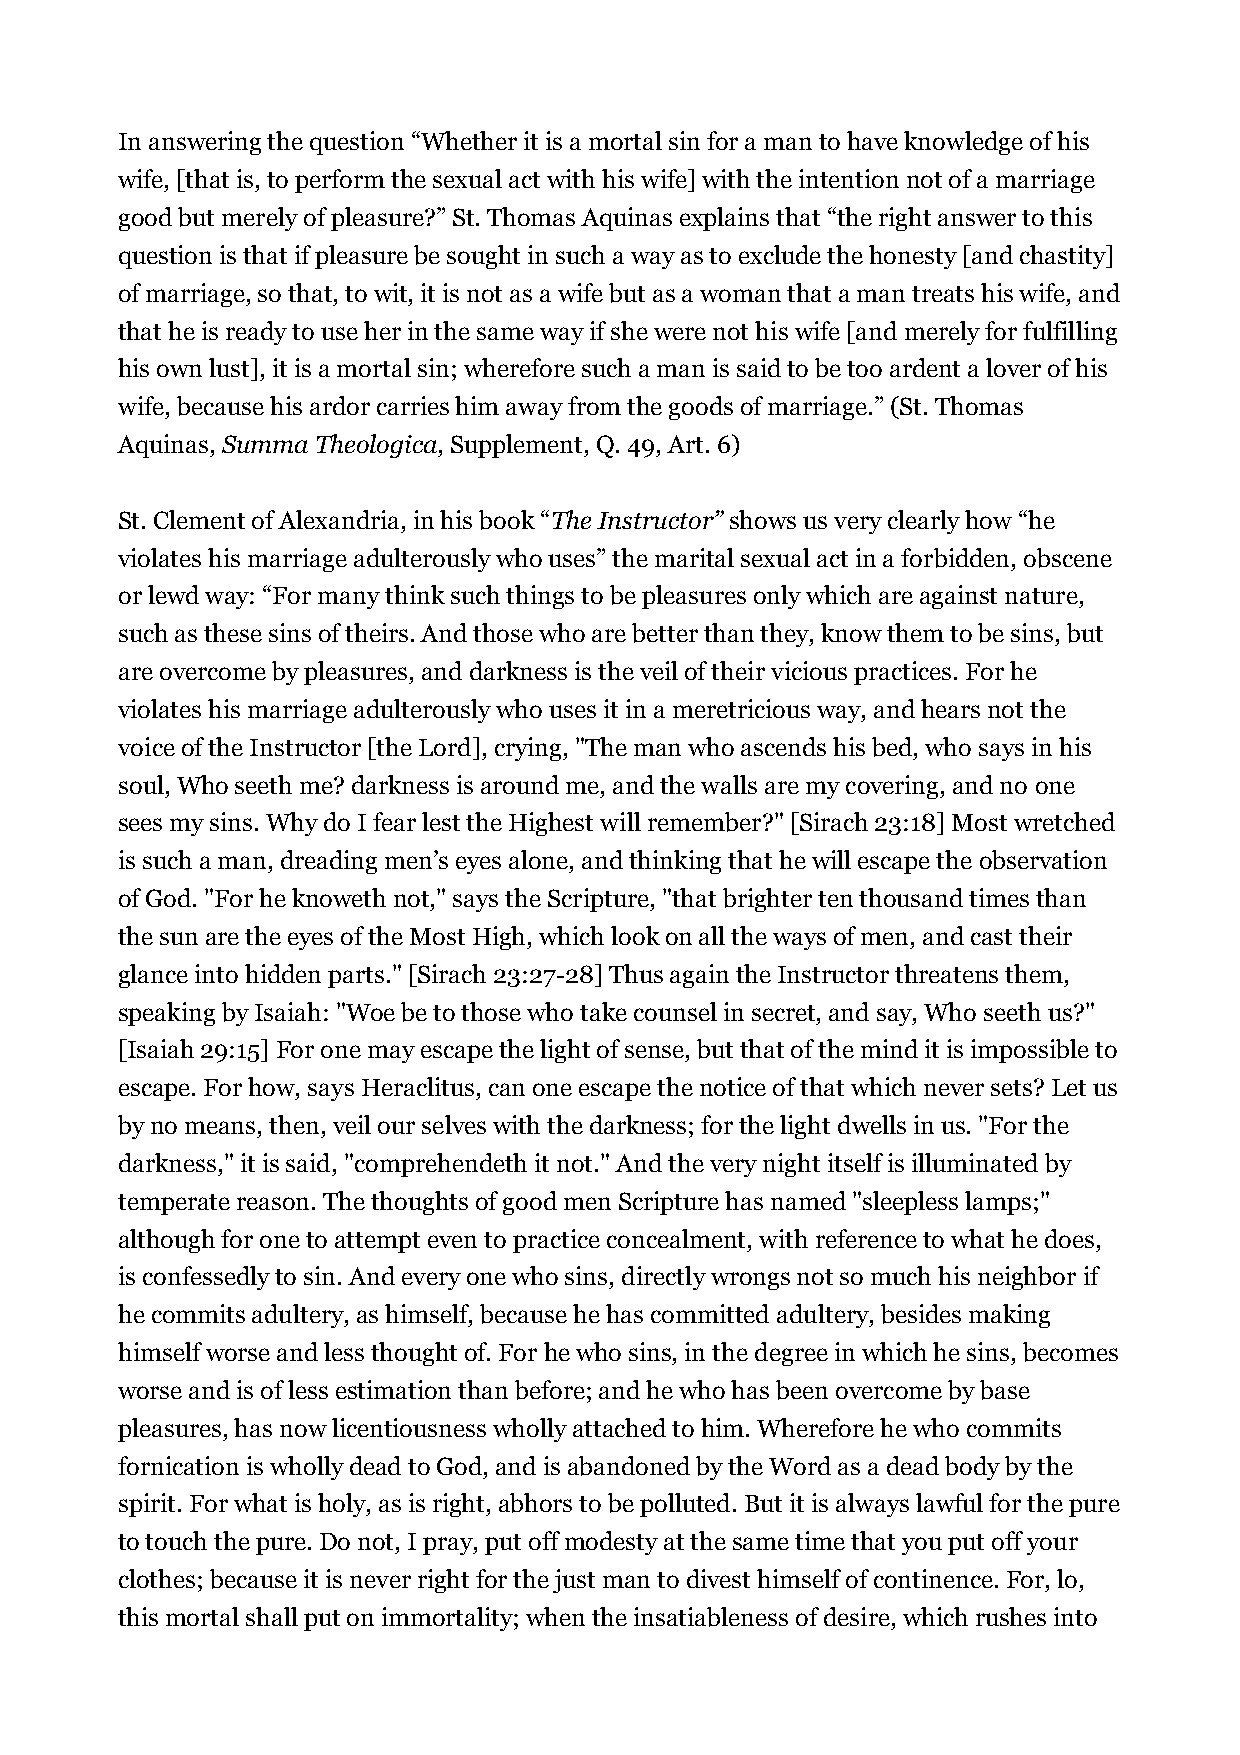
In answering the question “Whether it is a mortal sin for a man to have knowledge of his
 wife, [that is, to perform the sexual act with his wife] with the intention not of a marriage
 good but merely of pleasure?” St. Thomas Aquinas explains that “the right answer to this
 question is that if pleasure be sought in such a way as to exclude the honesty [and chastity]
 of marriage, so that, to wit, it is not as a wife but as a woman that a man treats his wife, and
 that he is ready to use her in the same way if she were not his wife [and merely for fulfilling
 his own lust], it is a mortal sin; wherefore such a man is said to be too ardent a lover of his
 wife, because his ardor carries him away from the goods of marriage.” (St. Thomas
 Aquinas, Summa Theologica, Supplement, Q. 49, Art. 6)
 St. Clement of Alexandria, in his book “The Instructor” shows us very clearly how “he
 violates his marriage adulterously who uses” the marital sexual act in a forbidden, obscene
 or lewd way: “For many think such things to be pleasures only which are against nature,
 such as these sins of theirs. And those who are better than they, know them to be sins, but
 are overcome by pleasures, and darkness is the veil of their vicious practices. For he
 violates his marriage adulterously who uses it in a meretricious way, and hears not the
 voice of the Instructor [the Lord], crying, "The man who ascends his bed, who says in his
 soul, Who seeth me? darkness is around me, and the walls are my covering, and no one
 sees my sins. Why do I fear lest the Highest will remember?" [Sirach 23:18] Most wretched
 is such a man, dreading men’s eyes alone, and thinking that he will escape the observation
 of God. "For he knoweth not," says the Scripture, "that brighter ten thousand times than
 the sun are the eyes of the Most High, which look on all the ways of men, and cast their
 glance into hidden parts." [Sirach 23:27-28] Thus again the Instructor threatens them,
 speaking by Isaiah: "Woe be to those who take counsel in secret, and say, Who seeth us?"
 [Isaiah 29:15] For one may escape the light of sense, but that of the mind it is impossible to
 escape. For how, says Heraclitus, can one escape the notice of that which never sets? Let us
 by no means, then, veil our selves with the darkness; for the light dwells in us. "For the
 darkness," it is said, "comprehendeth it not." And the very night itself is illuminated by
 temperate reason. The thoughts of good men Scripture has named "sleepless lamps;"
 although for one to attempt even to practice concealment, with reference to what he does,
 is confessedly to sin. And every one who sins, directly wrongs not so much his neighbor if
 he commits adultery, as himself, because he has committed adultery, besides making
 himself worse and less thought of. For he who sins, in the degree in which he sins, becomes
 worse and is of less estimation than before; and he who has been overcome by base
 pleasures, has now licentiousness wholly attached to him. Wherefore he who commits
 fornication is wholly dead to God, and is abandoned by the Word as a dead body by the
 spirit. For what is holy, as is right, abhors to be polluted. But it is always lawful for the pure
 to touch the pure. Do not, I pray, put off modesty at the same time that you put off your
 clothes; because it is never right for the just man to divest himself of continence. For, lo,
 this mortal shall put on immortality; when the insatiableness of desire, which rushes into